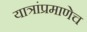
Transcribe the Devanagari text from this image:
यात्रांप्रमाणेच